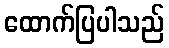
ထောက်ပြပါသည်